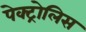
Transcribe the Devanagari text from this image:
पेक्ट्रोलिस